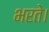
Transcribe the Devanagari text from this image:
भरते।